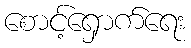
စောင့်ရှောက်ရေး